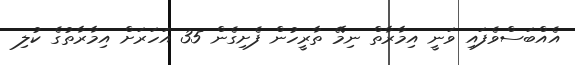
އެއްބަސްވެފައި ވަނީ އިމާރާތް ނިމޭ ތާރީހުން ފެށިގެން 35 އަހަރަށް އިމާރާތުގެ ކުލި